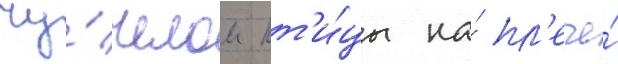
чу́челом пт'и́цы на́ пл'ече́